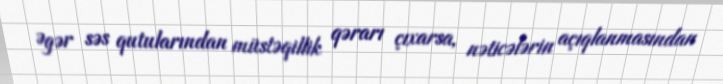
Əgər səs qutularından müstəqillik qərarı çıxarsa, nəticələrin açıqlanmasından